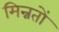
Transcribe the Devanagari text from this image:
मिन्नतों